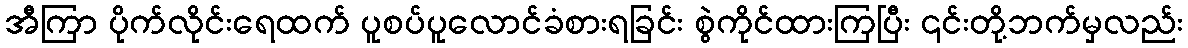
အီကြာ ပိုက်လိုင်းရေထက် ပူစပ်ပူလောင်ခံစားရခြင်း စွဲကိုင်ထားကြပြီး ၎င်းတို့ဘက်မှလည်း